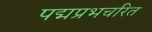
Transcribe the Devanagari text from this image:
पद्मप्रभचरित